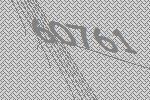
60761